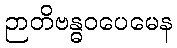
ဉာတိဗန္ဓဝပေမေန